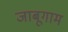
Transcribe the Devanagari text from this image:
जाबूगाम